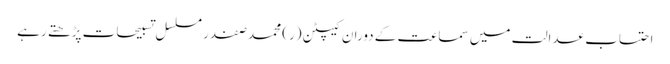
احتساب عدالت میں سماعت کے دوران کیپٹن (ر) محمد صفدر مسلسل تسبیحات پڑھتے رہے